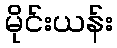
မိုင်းယန်း